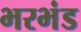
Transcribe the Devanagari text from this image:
भरभंड